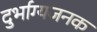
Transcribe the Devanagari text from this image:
दुर्भाग्यजनक